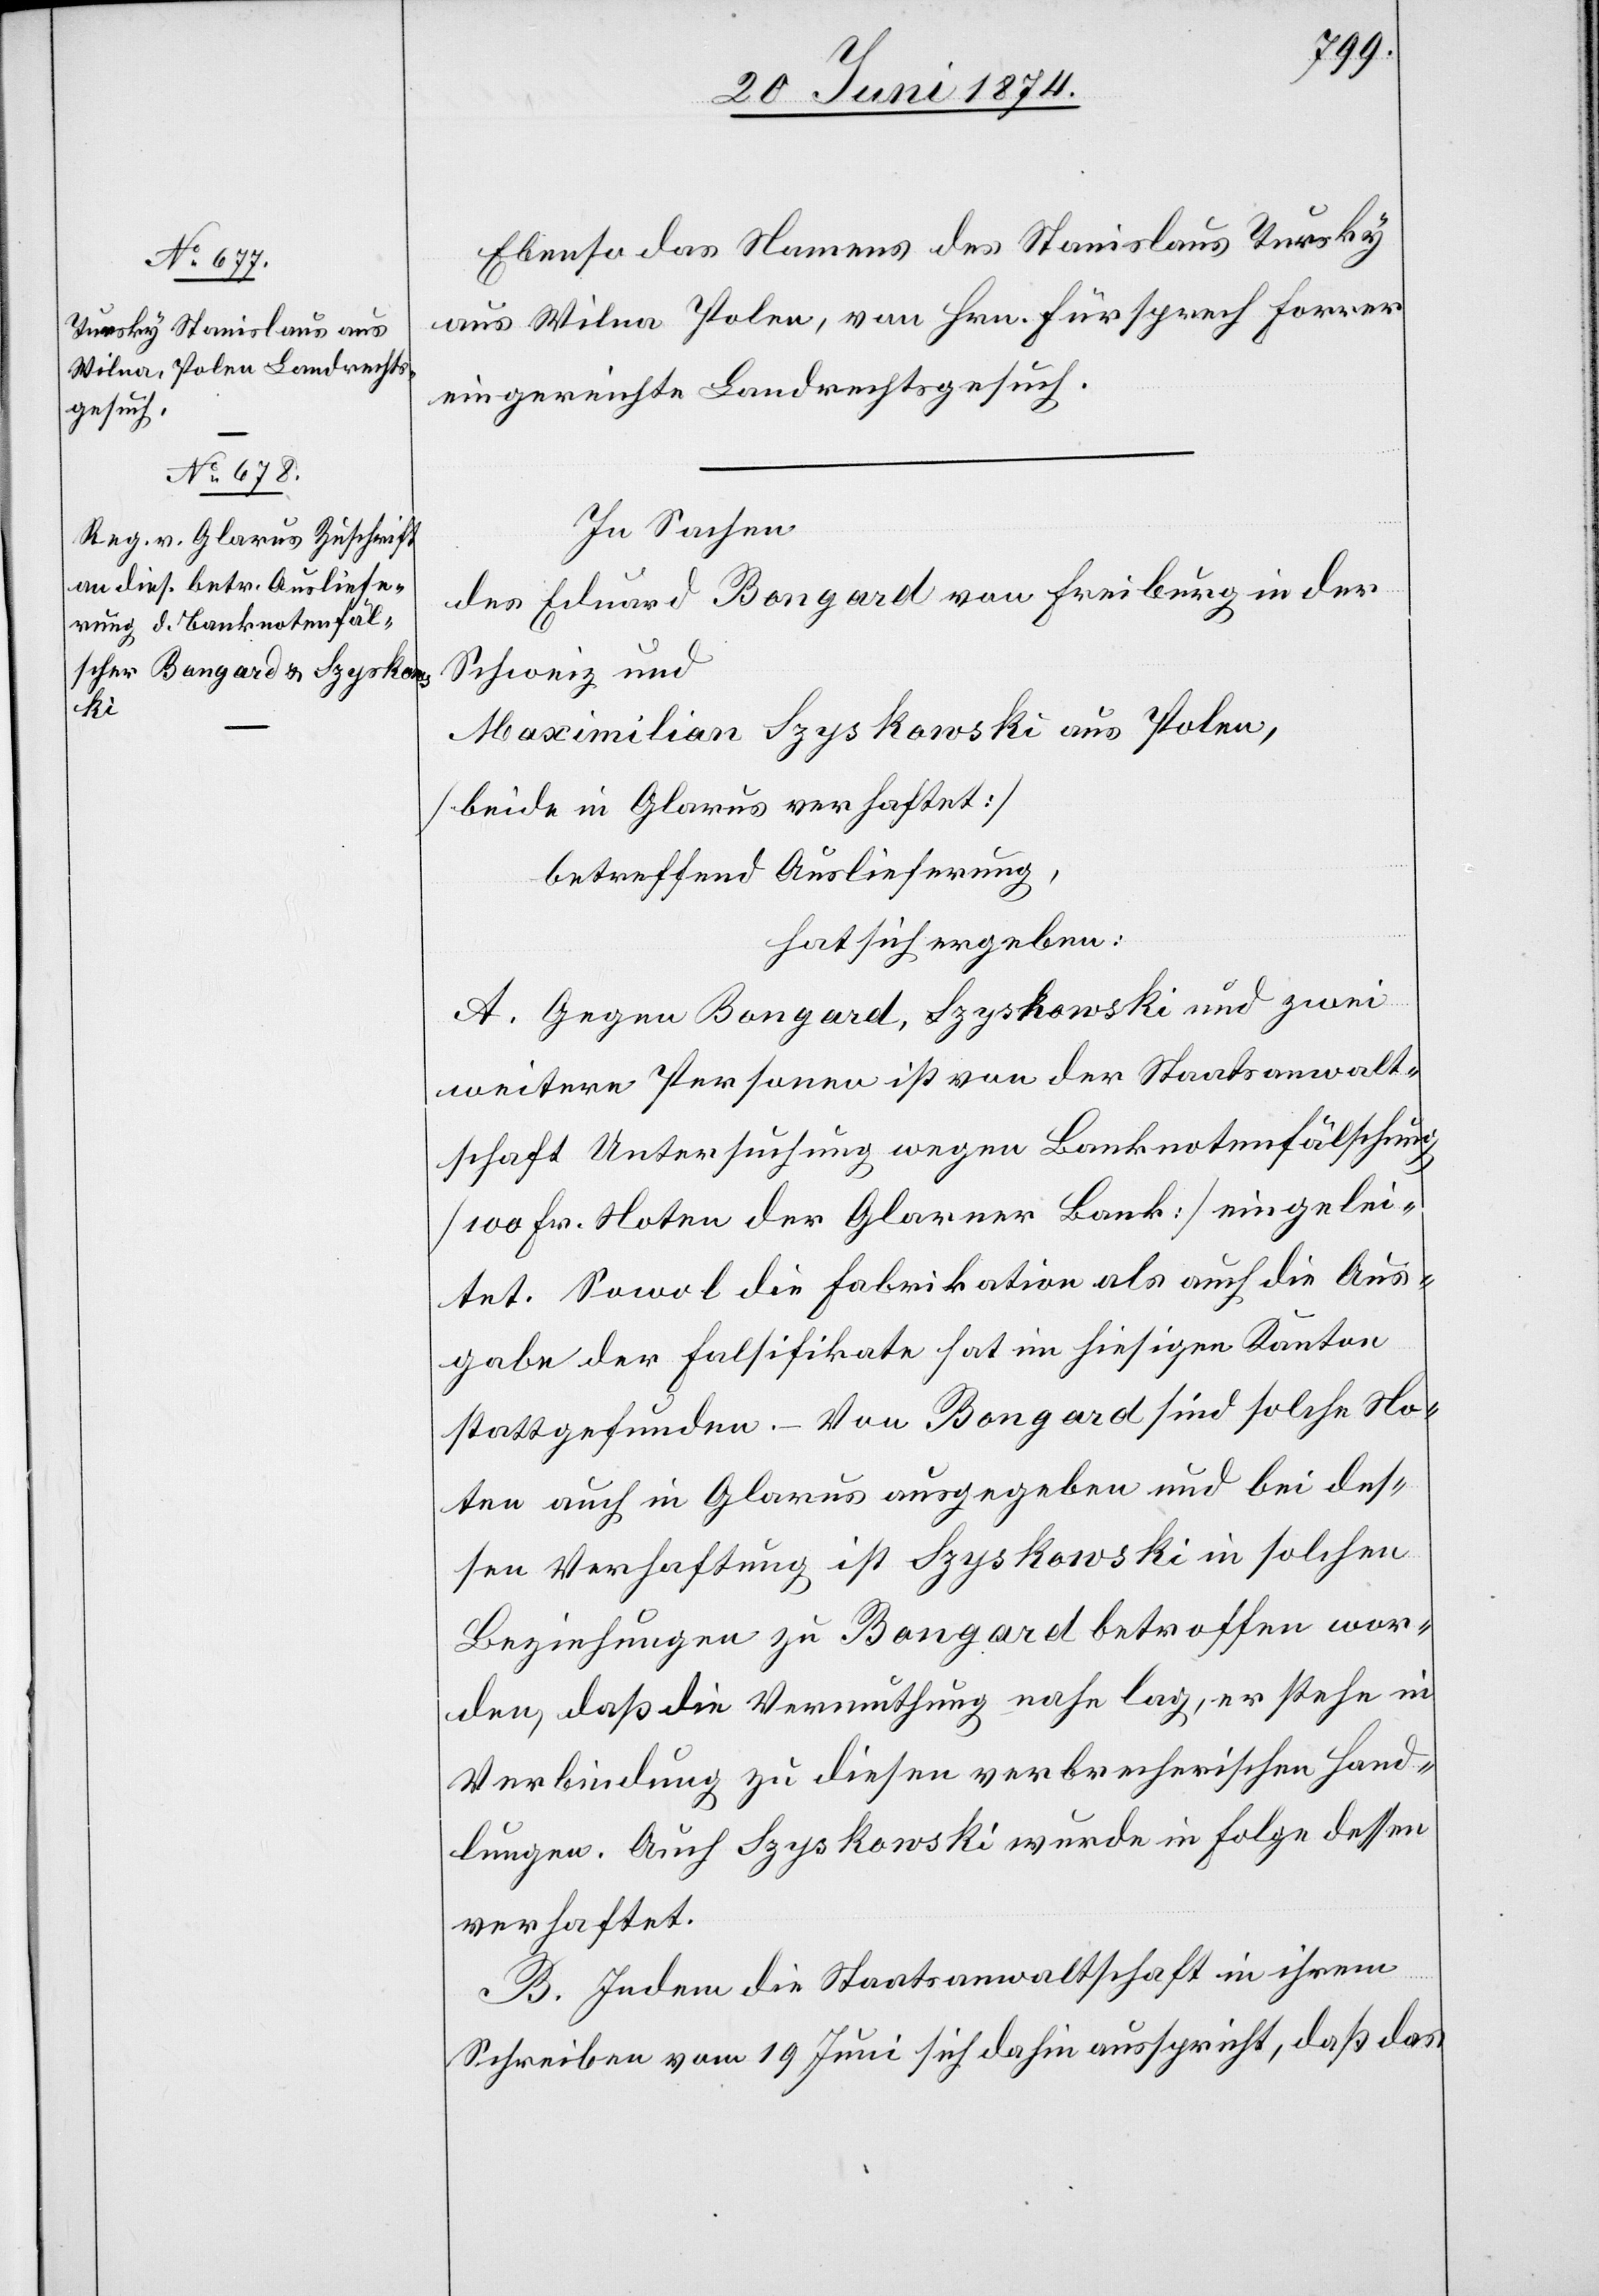
22. Juni 1874.]
Ebenso das Namens des Stanislaus Tursky
aus Wilna Polen, von Hrn. Fürsprech Forrer
eingereichte Landrechtsgesuch.
In Sachen
des Eduard Bongard von Freiburg in der
Schweiz und
Maximilian Szyskowski aus Polen,
[beide in Glarus verhaftet]
betreffend Auslieferung,
hat sich ergeben:
A. Gegen Bongard, Szyskowski und zwei
weitere Personen ist von der Staatsanwalt¬
schaft Untersuchung wegen Banknotenfälschung
[100 Fr. Noten der Glarner Bank] eingelei¬
tet. Sowol die Fabrikation als auch die Aus¬
gabe der Falsifikate hat im hiesigen Kanton
stattgefunden. – Von Bongard sind solche No¬
ten auch in Glarus ausgegeben und bei des¬
sen Verhaftung ist Szyskowski in solchen
Beziehungen zu Bongard betroffen wor¬
den, daß die Vermuthung nahe lag, er stehe in
Verbindung zu diesen verbrecherischen Hand¬
lungen. Auch Szyskowski wurde in Folge dessen
verhaftet.
B. Indem die Staatsanwaltschaft in ihrem
Schreiben vom 19. Juni sich dahin ausspricht, daß das